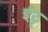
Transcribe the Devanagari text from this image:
इंट्रू